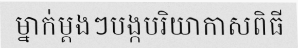
ម្នាក់ម្តងៗបង្កបរិយាកាសពិធី